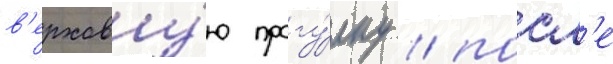
в'ерхову́ю прогу́лку / посл'е